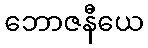
ဘောဇနီယေ